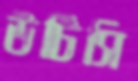
উটিসি